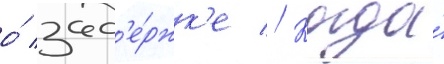
о́ зад'е́ржк'е // Когда́